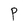
Character: P